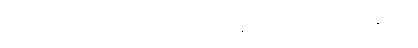
ထိုစကားသင့်စွ။ ဧတံ၊ ထိုသုရာကို။ နိဿာယ၊ မှီ၍။ အနေကေ၊